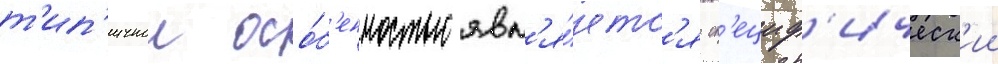
т'ип'ичнои осо́б'енностью явл'я́етс'я сп'ециф'ическ'ии